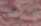
شرعية